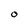
Character: O